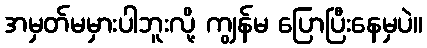
အမှတ်မမှားပါဘူးလို့ ကျွန်မ ပြောပြီးနေမှပဲ။